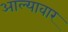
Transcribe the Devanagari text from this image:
आल्यावार